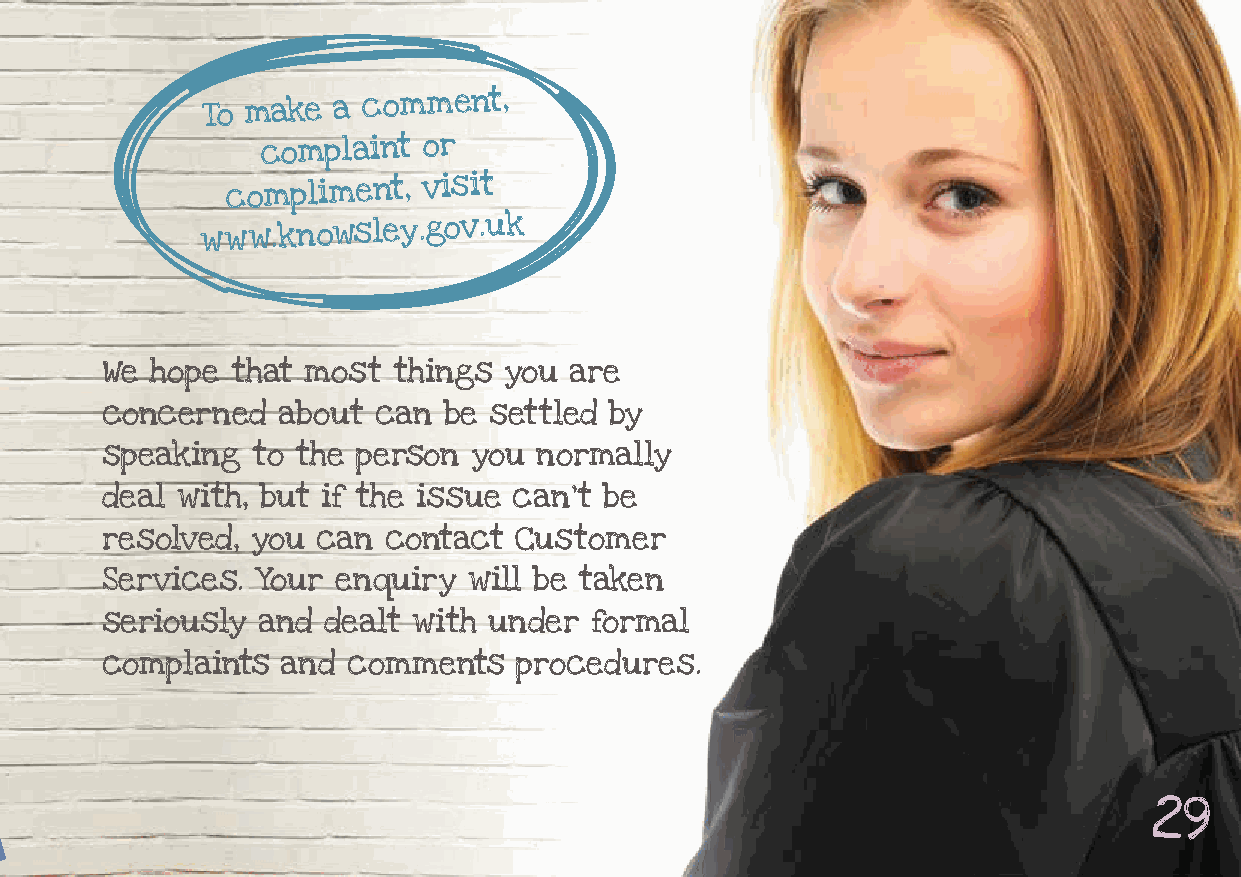
To make  a
 comment,
 complaint  or
 compliment,  visit
 www.knowsley.gov.uk
 We hope that most  things you  are
 concerned  about  can be settled by
 speaking  to the person you  normally
 deal with, but if the issue can’t be
 resolved, you can  contact Customer
 Services. Your enquiry  will be taken
 seriously and dealt with under  formal
 complaints  and comments   procedures.
 29